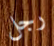
رجل